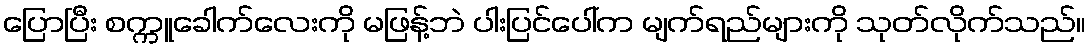
ပြောပြီး စက္ကူခေါက်လေးကို မဖြန့်ဘဲ ပါးပြင်ပေါ်က မျက်ရည်များကို သုတ်လိုက်သည်။